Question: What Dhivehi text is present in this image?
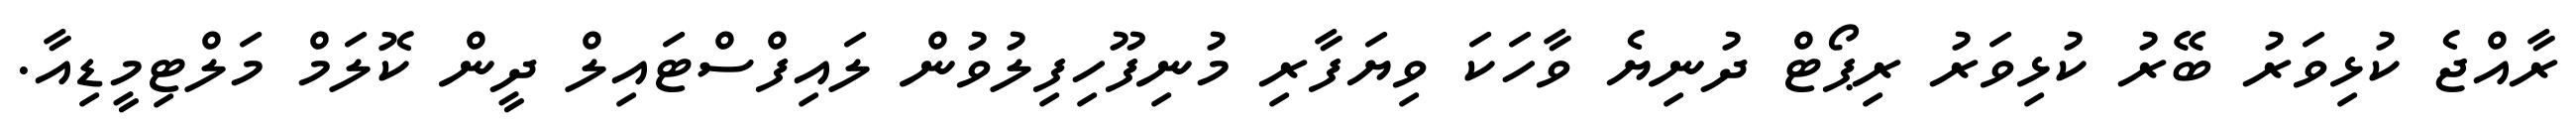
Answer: ރާއްޖެ ކުޅިވަރު ބޭރު ކުޅިވަރު ރިޕޯޓް ދުނިޔެ ވާހަކަ ވިޔަފާރި މުނިފޫހިފިލުވުން ލައިފްސްޓައިލް ދީން ކޮލަމް މަލްޓިމީޑިއާ.